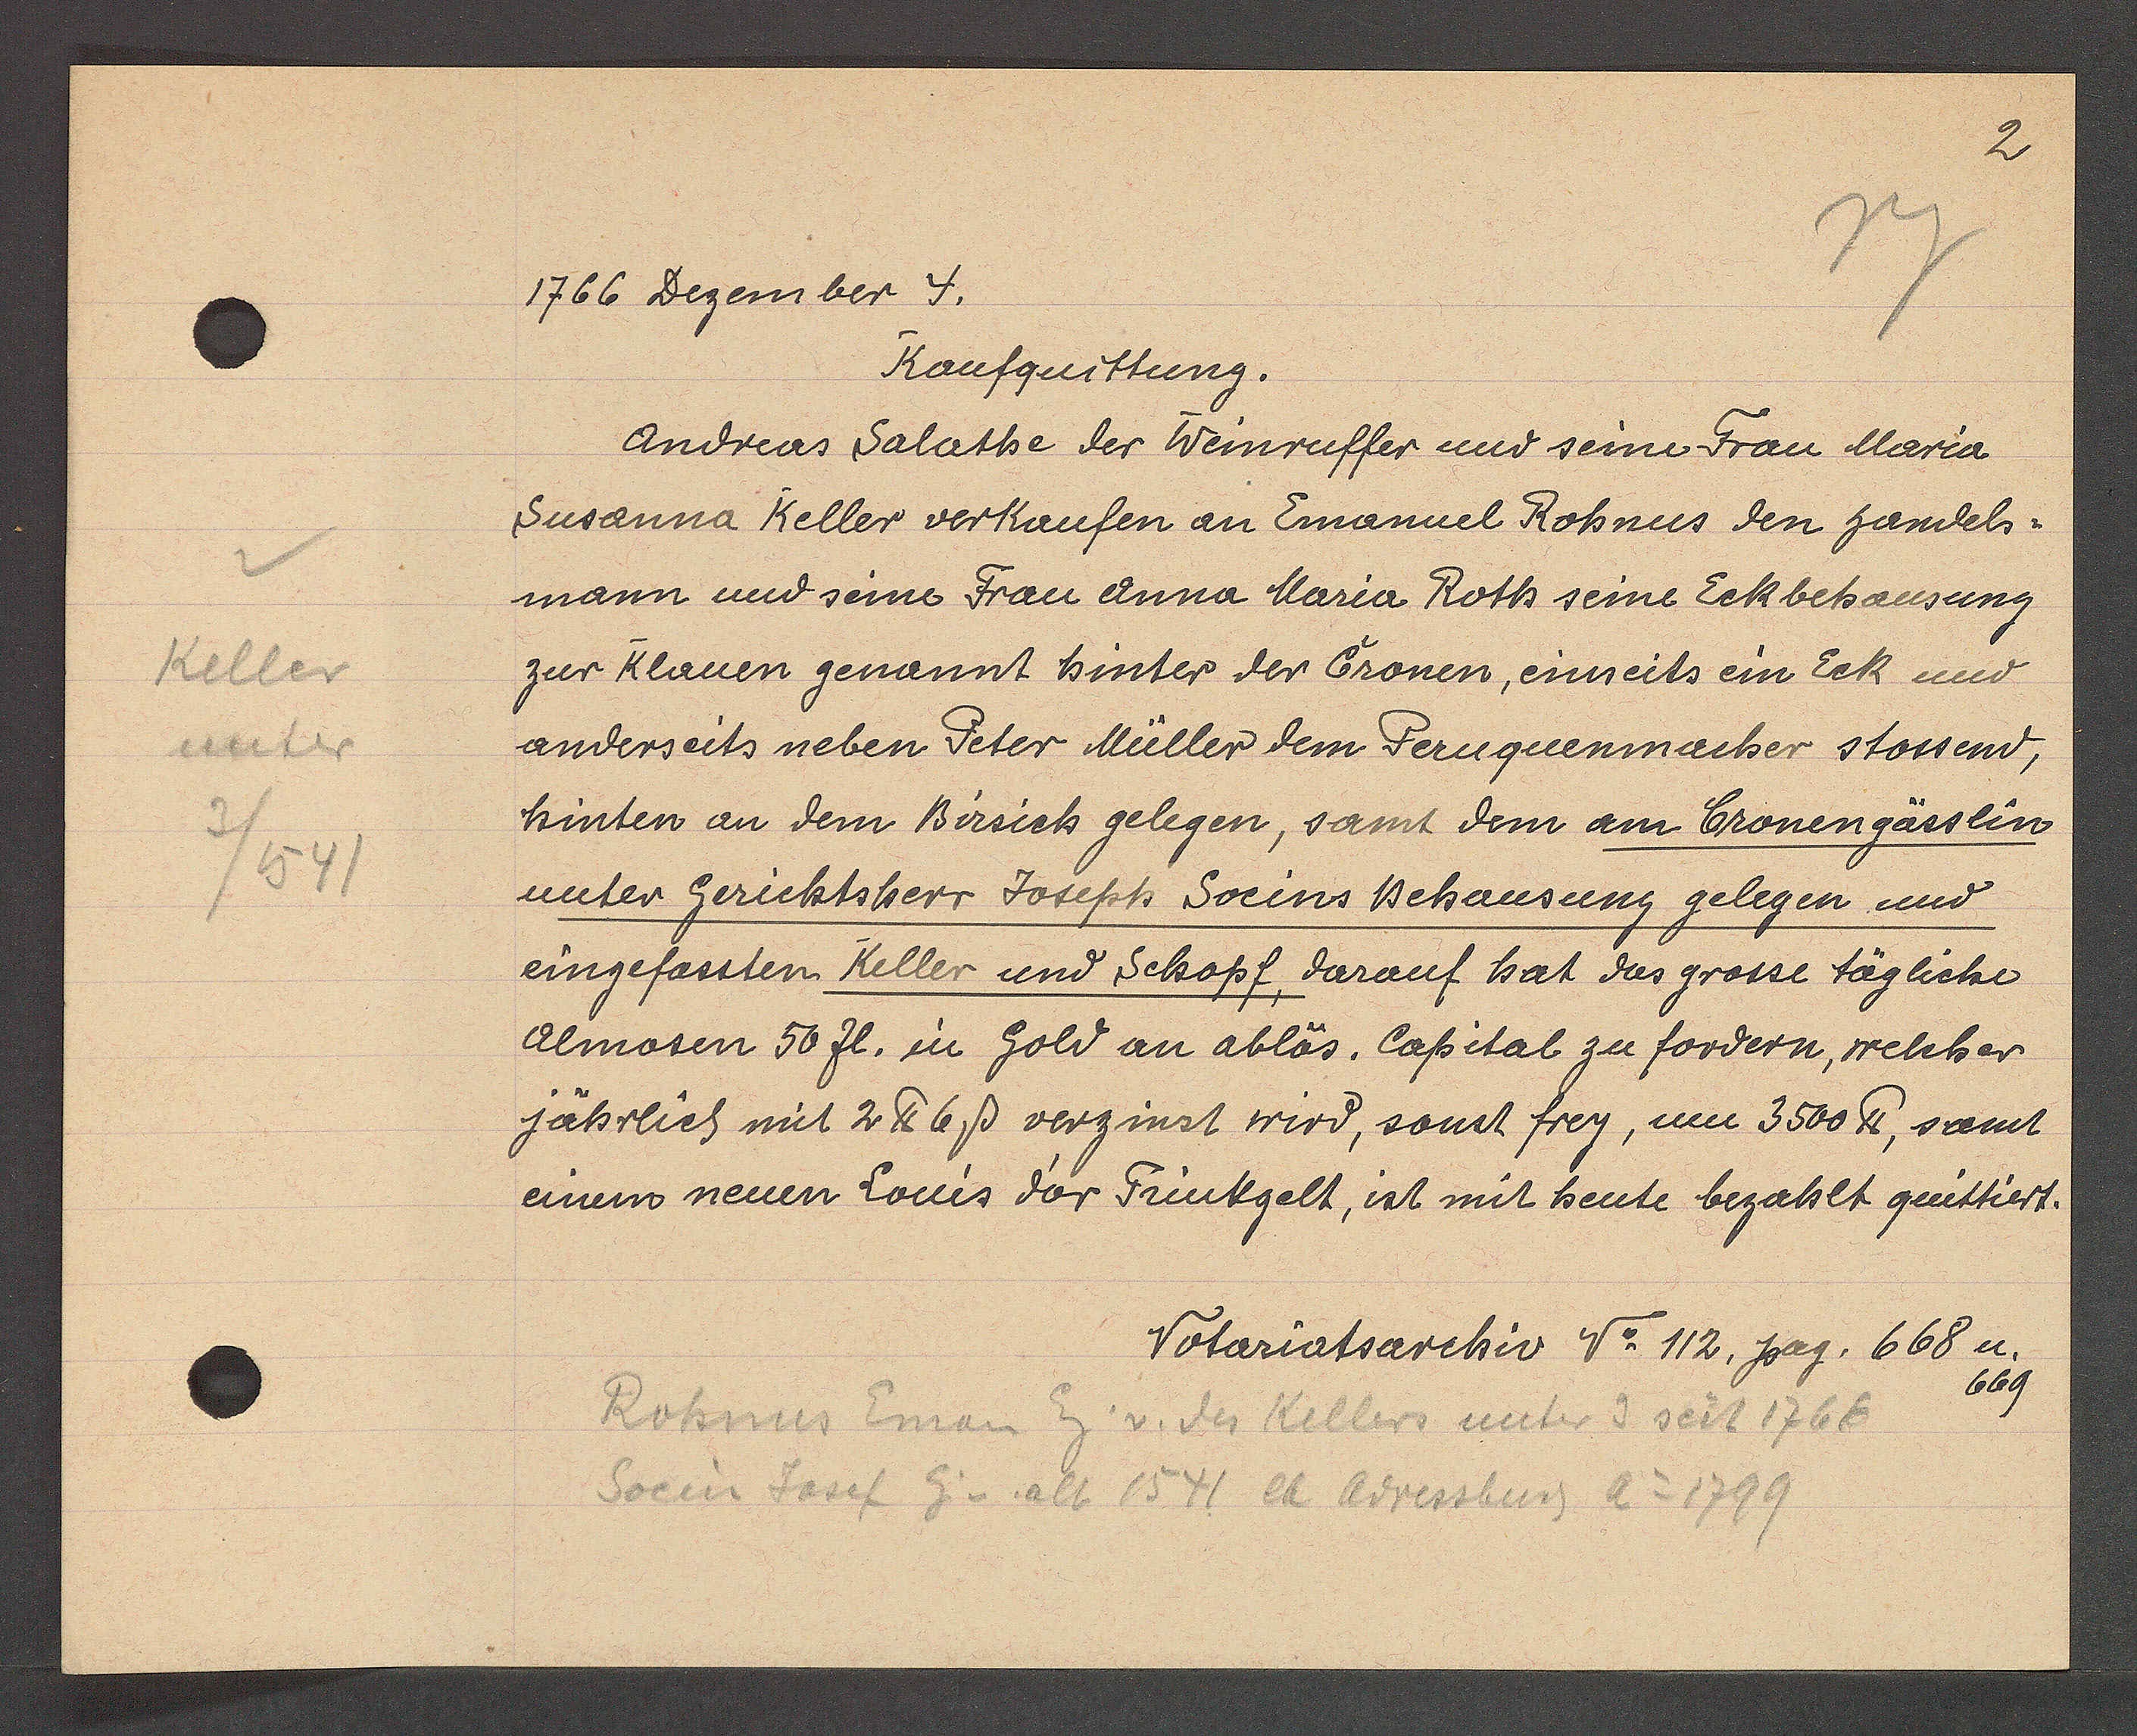
Transcript:
Keller
unter
3/1541

1766 Dezember 4.

Kaufquittung.
Andreas Salathe der Weinruffer und seine Frau Maria
Susanna Keller verkaufen an Emanuel Rohnus den handels-
mann und seine Frau Anna Maria Roth seine Eckbehausung
zur Klauen genannt hinter der Cronen, einseits ein Eck und
anderseits neben Peter Müller dem Peruguenmacher stossend,
hinten an dem Birsich gelegen, samt dem am Cronengässlin
unter Gerichtsherr Joseph Socins Behausung gelegen und
eingefassten Keller und Schopf, darauf hat das grosse tägliche
Almosen 50 fl. in Gold an ablös. Capital zu fordern, welcher
jährlich mit 2 ℔ 6ß verzinst wird, sonst frey, um 3500 ℔, samt
einem neuen Louis der Trinkgelt, ist mit heute bezahlt quittiert.

Notariatsarchiv No 112. pag. 668 u.
669

Rohnus Eman Eig v. des Kellers unter 3 seit 1766
Socin Josef Eig v. alt 1541 lt Adressbuch Ao 1799